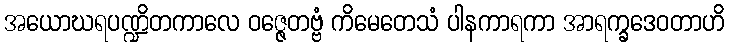
အယောဃရပဏ္ဍိတကာလေ ဝဇ္ဇေတဗ္ဗံ ကိမေတေသံ ပါနကာရကာ အာရက္ခဒေဝတာဟိ